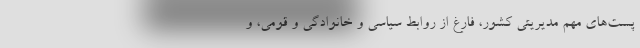
پست‌های مهم مدیریتی کشور، فارغ از روابط سیاسی و خانوادگی و قومی، و